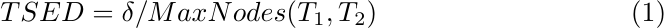
\begin{equation}
TSED = \delta/ MaxNodes(T_1, T_2)
\end{equation}